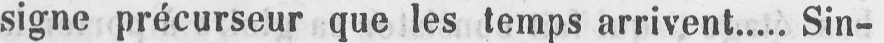
signe précurseur que les temps arrivent..... Sin-